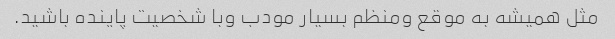
مثل همیشه به موقع ومنظم بسیار مودب وبا شخصیت پاینده باشید.